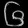
Digit: ၆